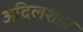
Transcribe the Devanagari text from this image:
अदिलशहा